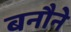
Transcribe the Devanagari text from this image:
बनौने